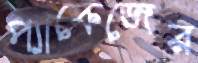
প্যাকেজের